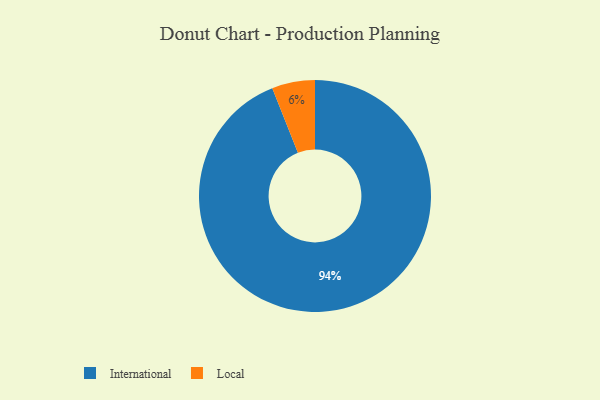
{"axis": {"x": "Category", "y": "Percentage"}, "legend": ["International", "Local"], "data": [{"x": "International", "y": 94, "type": "International"}, {"x": "Local", "y": 6, "type": "Local"}]}